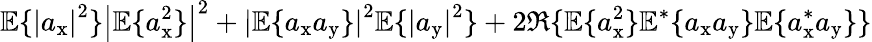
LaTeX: \mathbb{E}\{ \left|a_{\mathrm{x}}\right|^{2}\} \left|\mathbb{E}\{ a_{\mathrm{x}}^{2}\} \right|^{2}+\left|\mathbb{E}\{ a_{\mathrm{x}}a_{\mathrm{y}}\} \right|^{2}\mathbb{E}\{ \left|a_{\mathrm{y}}\right|^{2}\} +2\Re\{ \mathbb{E}\{ a_{\mathrm{x}}^{2}\} \mathbb{E}^{*}\{ a_{\mathrm{x}}a_{\mathrm{y}}\} \mathbb{E}\{ a_{\mathrm{x}}^{*}a_{\mathrm{y}}\} \}